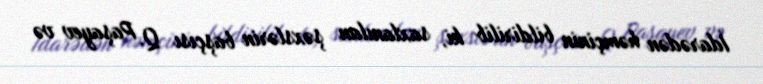
İdarədən həmçinin bildirilib ki, saxlanılan şəxslərin başçısı Q. Paşayev və